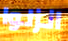
انزلوا